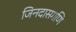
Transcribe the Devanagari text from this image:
जिनदासगणि